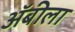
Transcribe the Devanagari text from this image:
अॅबीला